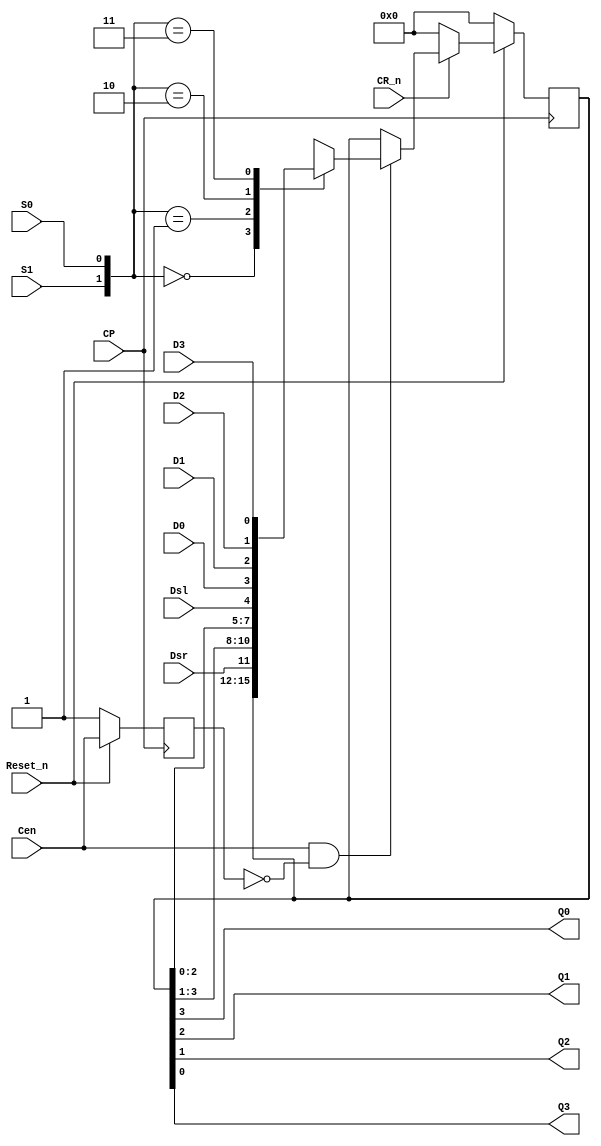
//ttl_74194_sync.v
//4-Bit Bidirectional Universal Shift Register (Synchronous Version)
`default_nettype none
`timescale 1ns/1ps

module ttl_74194_sync
(
    input wire CR_n,
    input wire Reset_n,
    input wire CP,
    //(*direct_enable*) input wire Cen,
    input wire Cen,
    input wire S0,S1,
    input wire Dsl,Dsr,
    input wire D0,D1,D2,D3,
    output wire Q0,Q1,Q2,Q3
);
 
	reg [0:3] q_reg=4'b0000;
    reg last_cen;
	wire [1:0] s_reg;

	assign s_reg={S1,S0};

	always @(posedge CP) begin 
        if(!Reset_n) begin
            q_reg<=4'b0000;
            last_cen <= 1'b1;
        end
        else begin
            last_cen <= Cen;

            if (!CR_n) begin
                q_reg<=4'b0000;
            end else begin
                if (Cen && !last_cen) begin
                    case (s_reg)
                        2'b00 :q_reg<=q_reg;
                        2'b01 :q_reg<={Dsr,q_reg[0:2]}; //Shift right
                        2'b10 :q_reg<={q_reg[1:3],Dsl}; //Shift left
                        2'b11 :q_reg<={D0,D1,D2,D3};
                        default:q_reg<=4'b0000;
                    endcase
                end
            end
        end
	end
	
	assign Q0=q_reg[0];
	assign Q1=q_reg[1];
	assign Q2=q_reg[2];
	assign Q3=q_reg[3];
endmodule